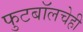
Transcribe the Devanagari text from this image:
फुटबॉलचेही